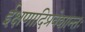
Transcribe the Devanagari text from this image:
ईक्षणादिप्रवेशान्तः